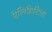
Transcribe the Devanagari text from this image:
ऐलिफ़ैटिक